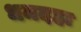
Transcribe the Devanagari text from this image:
धमदहा